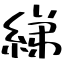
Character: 綈